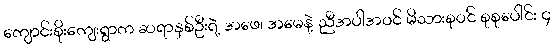
ကျောင်းစိုးကျေးရွာက ဆရာနှစ်ဦးရဲ့ အဖေ၊ အမေနဲ့ ညီအပါအဝင် မိသားစုဝင် စုစုပေါင်း ၄